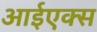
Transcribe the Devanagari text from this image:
आईएक्स